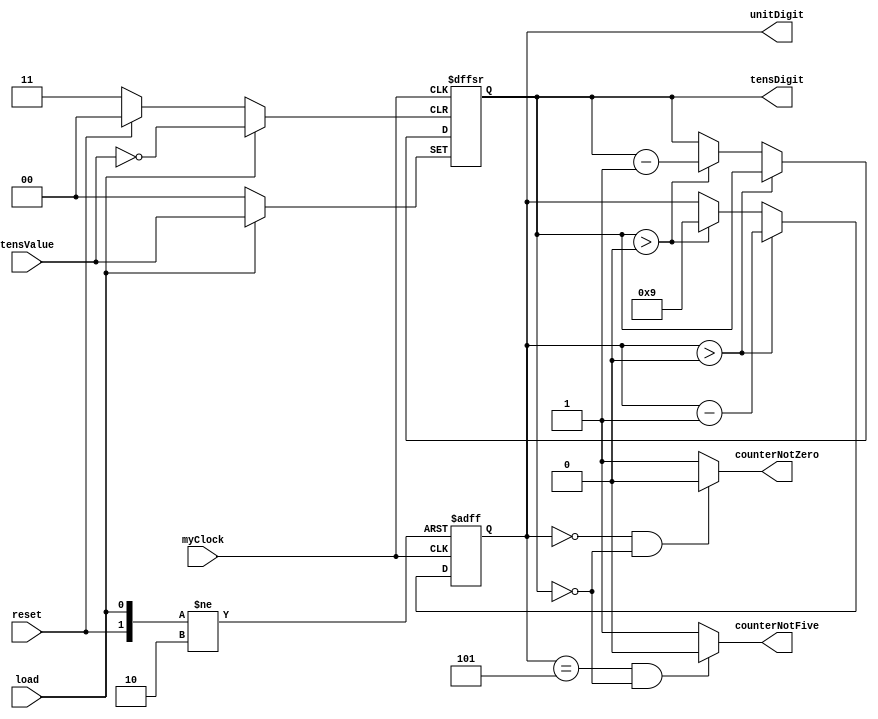
module countDown
(
	input myClock, reset, load, //edge-level //count as edge level
	input [1:0]tensValue,
	output wire counterNotZero, counterNotFive,	
	output reg [3:0] unitDigit,
	output reg [1:0]tensDigit
);

assign counterNotZero = (unitDigit == 0 && tensDigit == 0)? 1'b0: 1'b1;
assign counterNotFive = (unitDigit == 5 && tensDigit == 0)? 1'b0: 1'b1;

always@(posedge myClock, negedge reset, posedge load)
	if(!reset)
	begin
		unitDigit <= 0;
		tensDigit <= 0;
	end
	else
		if(load)
			begin
			unitDigit <= 0;
			tensDigit <= tensValue;
			end
		else
			begin
			if(unitDigit > 0)
				unitDigit <= unitDigit - 1;
			else
				if(tensDigit > 0)
					begin
					unitDigit <= 9;
					tensDigit <= tensDigit - 1;
					end
				else
					begin
					tensDigit <= tensDigit;
					unitDigit <= unitDigit;
					end
			end
endmodule